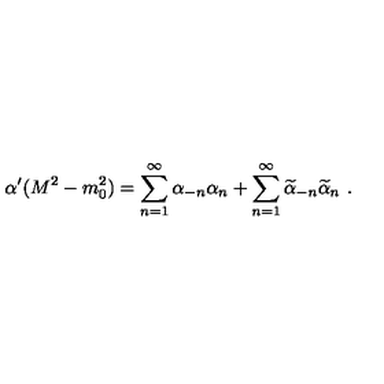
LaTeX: \alpha ^ { \prime } ( M ^ { 2 } - m _ { 0 } ^ { 2 } ) = \sum _ { n = 1 } ^ { \infty } \alpha _ { - n } \alpha _ { n } + \sum _ { n = 1 } ^ { \infty } \widetilde { \alpha } _ { - n } \widetilde { \alpha } _ { n } \ .